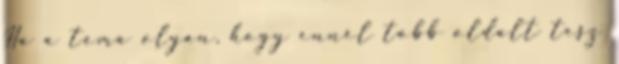
Ha a téma olyan, hogy ennél több oldalt tesz